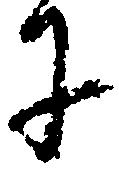
に